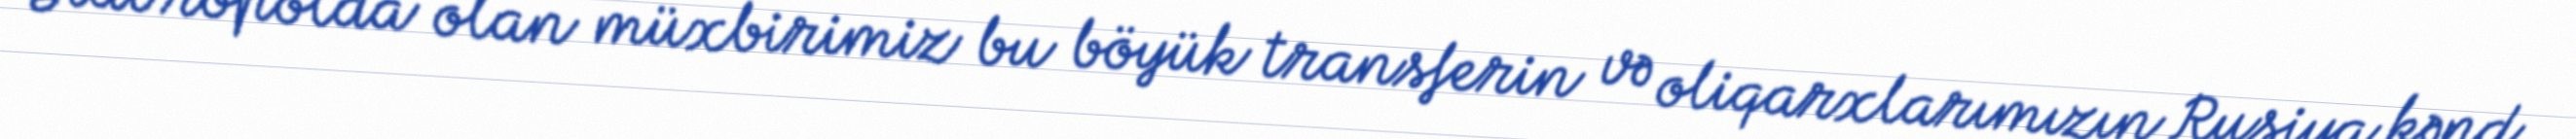
Stavropolda olan müxbirimiz bu böyük transferin və oliqarxlarımızın Rusiya kənd